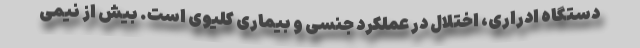
دستگاه ادراری، اختلال در عملکرد جنسی و بیماری کلیوی است. بیش از نیمی